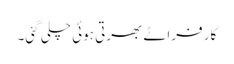
کار فراٹے بھرتی ہوئی چلی گئی۔